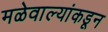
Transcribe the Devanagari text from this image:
मळेवाल्यांकडून